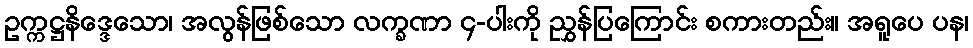
ဥက္ကဋ္ဌနိဒ္ဒေသော၊ အလွန်ဖြစ်သော လက္ခဏာ ၄-ပါးကို ညွှန်ပြကြောင်း စကားတည်း။ အရူပေ ပန၊